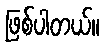
ဖြစ်ပါတယ်။